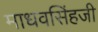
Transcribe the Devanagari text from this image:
माधवसिंहजी